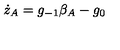
\dot { z } _ { A } = g _ { - 1 } \beta _ { A } - g _ { 0 }